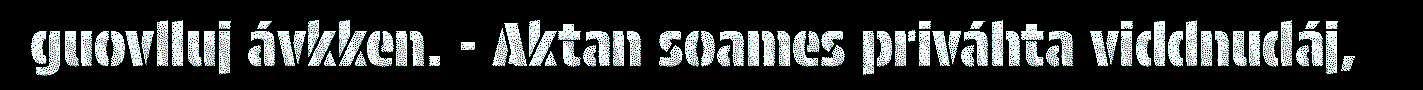
guovlluj ávkken. - Aktan soames priváhta viddnudáj,